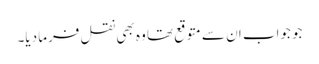
جو جواب ان سے متوقع تھا وہ بھی نقل فرما دیا۔